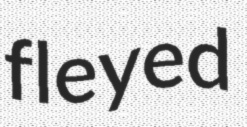
fleyed